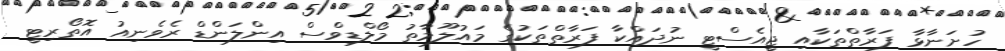
ހުށަނާޅާ ފަރާތްތަކާއި ޖީއެސްޓީ ނުދައްކާ ފަރާތްތަކުގެ މައުލޫމާތު މޯލްޑިވްސް އިންލަންޑް ރެވެނިއު އޮތޯރިޓީ